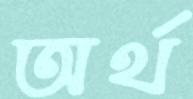
অর্থ